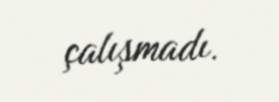
çalışmadı.